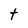
Character: t